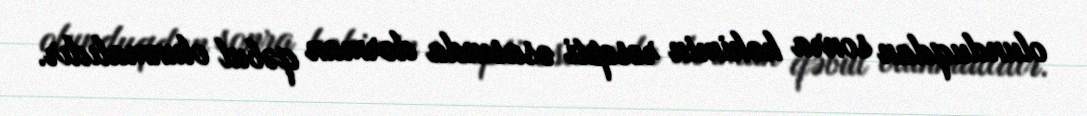
olunduqdan sonra həkimin resepti əsasında dərman qəbul olunmalıdır.